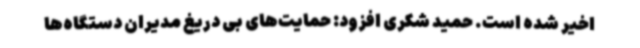
اخیر شده است. حمید شکری افزود: حمایت‌های بی دریغ مدیران دستگاه‌ها